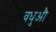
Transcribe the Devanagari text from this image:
वधुऔ